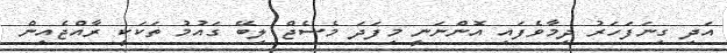
އަދި ގިނަފަހަރު ދިމާވެފައި އޮންނަނީ މިފަދަ މެސެޖް ލިބޭ ގައުމު ތަކަކީ ރާއްޖެއިން